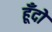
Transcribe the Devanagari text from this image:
हूँदो